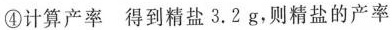
④计算产率得到精盐3.2 g，则精盐的产率